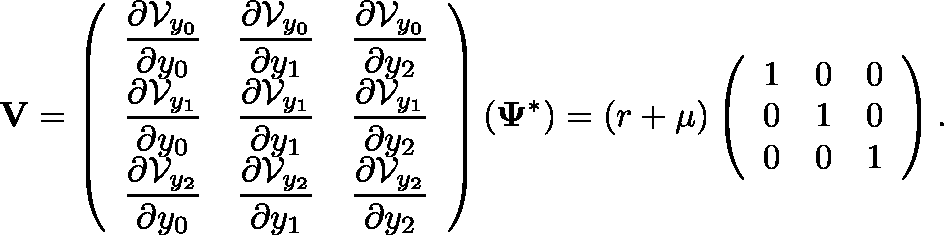
\mathbf { V } = \left( \begin{array} { l l l } { \displaystyle \frac { \partial \mathcal { V } _ { y _ { 0 } } } { \partial y _ { 0 } } } & { \displaystyle \frac { \partial \mathcal { V } _ { y _ { 0 } } } { \partial y _ { 1 } } } & { \displaystyle \frac { \partial \mathcal { V } _ { y _ { 0 } } } { \partial y _ { 2 } } } \\ { \displaystyle \frac { \partial \mathcal { V } _ { y _ { 1 } } } { \partial y _ { 0 } } } & { \displaystyle \frac { \partial \mathcal { V } _ { y _ { 1 } } } { \partial y _ { 1 } } } & { \displaystyle \frac { \partial \mathcal { V } _ { y _ { 1 } } } { \partial y _ { 2 } } } \\ { \displaystyle \frac { \partial \mathcal { V } _ { y _ { 2 } } } { \partial y _ { 0 } } } & { \displaystyle \frac { \partial \mathcal { V } _ { y _ { 2 } } } { \partial y _ { 1 } } } & { \displaystyle \frac { \partial \mathcal { V } _ { y _ { 2 } } } { \partial y _ { 2 } } } \end{array} \right) ( \mathbf { \Psi } ^ { * } ) = ( r + \mu ) \left( \begin{array} { l l l } { \displaystyle 1 } & { \displaystyle 0 } & { \displaystyle 0 } \\ { \displaystyle 0 } & { \displaystyle 1 } & { \displaystyle 0 } \\ { \displaystyle 0 } & { \displaystyle 0 } & { \displaystyle 1 } \end{array} \right) .